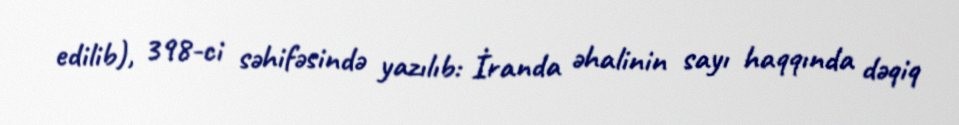
edilib), 398-ci səhifəsində yazılıb: İranda əhalinin sayı haqqında dəqiq